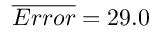
\overline { { E r r o r } } = 2 9 . 0 \